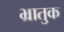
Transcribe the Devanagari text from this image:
भ्रातुक